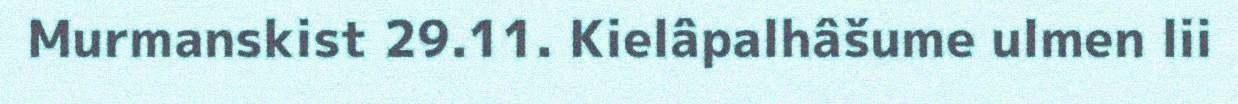
Murmanskist 29.11. Kielâpalhâšume ulmen lii